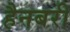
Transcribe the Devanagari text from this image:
हैनबरी